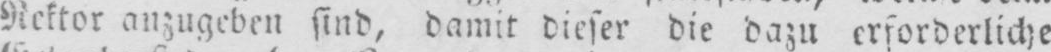
Rektor anzugeben sind, damit dieser die dazu erforderliche